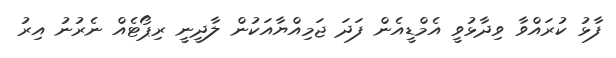
ފާޅު ކުރައްވާ ވިދާޅުވީ އެމްޑީއެން ފަދަ ޖަމިއްޔާއަކުން ލާދީނީ ރިޕޯޓެއް ނެރުނު އިރު